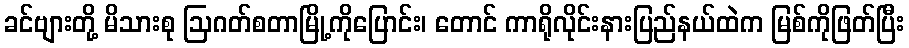
ခင်ဗျားတို့ မိသားစု ဩဂတ်စတာမြို့ကိုပြောင်း၊ တောင် ကာရိုလိုင်းနားပြည်နယ်ထဲက မြစ်ကိုဖြတ်ပြီး